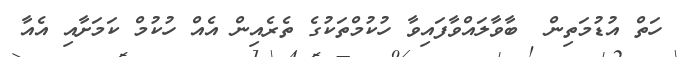
ހަތް އުޑުމަތިން  ބާވާލައްވާފައިވާ ހުކުމްތަކުގެ ތެރެއިން އެއް ހުކުމް ކަމަށާއި އެއާ